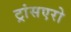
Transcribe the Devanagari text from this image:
ट्रांसएरो